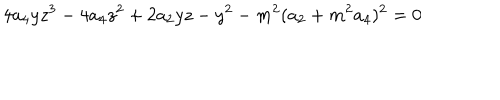
LaTeX: 4 a _ { 4 } y z ^ { 3 } - 4 a _ { 4 } z ^ { 2 } + 2 a _ { 2 } y z - y ^ { 2 } - m ^ { 2 } ( a _ { 2 } + m ^ { 2 } a _ { 4 } ) ^ { 2 } = 0